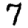
Digit: 7